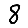
Digit: 8